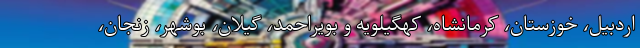
اردبیل، خوزستان، کرمانشاه، کهگیلویه و بویراحمد، گیلان، بوشهر، زنجان،